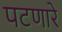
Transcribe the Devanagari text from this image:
पटणारे